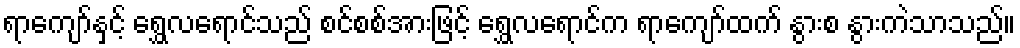
ရာကျော်နှင့် ရွှေလရောင်သည် စင်စစ်အားဖြင့် ရွှေလရောင်က ရာကျော်ထက် နွားစ နွားကဲသာသည်။